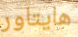
هايتاور